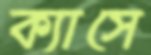
ক্যাসে